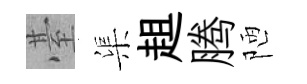
䑓渠趄腾陋